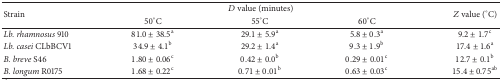
| <ROWSPAN=2> Strain | <COLSPAN=3> D value (minutes) | <ROWSPAN=2> Z value (°C) |
 | 50°C | 55°C | 60°C |
 | --- | --- | --- | --- | --- |
 | Lb. rhamnosus 910 | 81.0 ± 38.5a | 29.1 ± 5.9a | 5.8 ± 0.3a | 9.2 ± 1.7c |
 | Lb. casei CLbBCV1 | 34.9 ± 4.1b | 29.2 ± 1.4a | 9.3 ± 1.9b | 17.4 ± 1.6a |
 | B. breve S46 | 1.80 ± 0.06c | 0.42 ± 0.0b | 0.29 ± 0.01c | 12.7 ± 0.1b |
 | B. longum R0175 | 1.68 ± 0.22c | 0.71 ± 0.01b | 0.63 ± 0.03c | 15.4 ± 0.75ab |